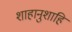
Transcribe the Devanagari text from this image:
शाहानुशाहि